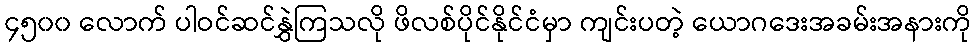
၄၅၀၀ လောက် ပါဝင်ဆင်နွှဲကြသလို ဖိလစ်ပိုင်နိုင်ငံမှာ ကျင်းပတဲ့ ယောဂဒေးအခမ်းအနားကို